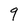
Character: 9